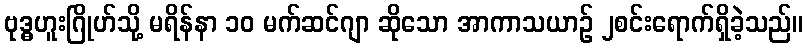
ဗုဒ္ဓဟူးဂြိုဟ်သို့ မရိန်နာ ၁၀ မက်ဆင်ဂျာ ဆိုသော အာကာသယာဉ် ၂စင်းရောက်ရှိခဲ့သည်။